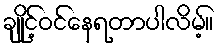
ချိုင့်ဝင်နေရတာပါလိမ့်။